Civil Veterinary Department. Madras. Admin. report 1910-25 - 1910-1925
Year: 1910
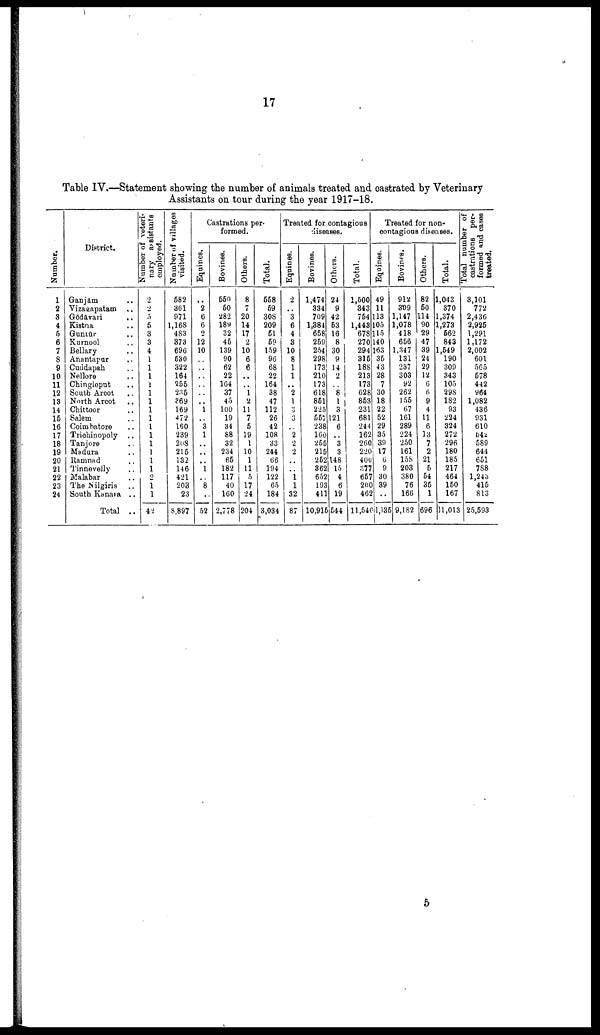
17
Table IV.—Statement showing the number of animals treated and castrated by Veterinary
Assistants on tour during the year 1917-18.
Numbe r
.
1
2
3
4
5
6
7
8
9
10
11
12
13
14
15
16
17
18
19
20
21
22
23
24
District.
Ganjam ..
Vizagapatam ..
Godavari ..
Kistna ..
Guntur ..
Kurnool ..
Bellary ..
Anantapur ..
Cuddapah ..
Nellore ..
Chingleput ..
South Arcot ..
North Arcot
Chittoor ..
Salem ..
Coimbatore ..
Trichinopoly ..
Tanjore ..
Madura
Ramnad ..
Tinnevelly ..
Malabar
The Nilgiris ..
South Kanara ..
Total ..
Number of veteri-
nary
assistants
employed.
2
2
5
6
3
3
4
1
1
1
1
1
1
1
1
1
1
1
1
1
1
2
1
1
42
Number of villages
visited.
582
361
971
1,168
4S3
373
696
630
322
164
255
236
369
169
472
160
239
208
215
132
146
421
203
23
8,897
Castrations per-
formed.
Equines.
..
2
6
6
2
12
10
..
..
..
..
..
..
1
..
3
1
..
..
..
1
..
8
..
52
Bovines.
560
50
282
189
32
45
139
90
62
22
164
37
45
100
19
34
88
32
234
65
182
117
40
160
2,778
Others.
8
7
20
14
17
2
10
6
6
..
..
1
2
11
7
5
19
1
10
1
11
5
17
24
204
Total.
558
59
308
209
51
59
159
96
68
22
164
38
47
112
26
42
108
33
244
66
194
122
65
184
3,034
Treated for contagious
diseases.
Equines.
2
..
3
6
4
3
10
8
1
1
..
2
1
3
3
..
2
2
2
..
..
1
1
32
87
Bovines.
1,474
334
709
1,384
658
259
254
298
173
210
173
618
851
225
557
238
160
255
215
252
362
652
193
411
10,915
Others.
24
9
42
53
16
8
30
9
14
2
..
8
1
3
121
6
..
3
3
148
15
4
6
19
544
Total.
1,500
343
764
1,443
678
270
294
315
188
213
173
628
853
231
681
244
162
260
220
400
877
657
200
462
11,546
Treated for non-
contagious diseases.
Equines.
49
11
113
105
115
140
163
35
43
28
7
30
18
22
52
29
35
39
17
6
9
30
39
..
1,135
Bovines.
912
309
1,147
1,078
418
656
1,347
131
237
303
92
262
155
67
161
289
224
250
161
158
203
380
76
166
9,182
Others.
82
50
114
90
29
47
39
24
29
12
6
6
9
4
11
6
13
7
2
21
5
54
35
1
696
Total.
1,043
370
1,374
1,273
562
843
1,549
190
309
343
105
298
182
93
224
324
272
296
180
185
217
464
150
167
11,013
Total number of
castrations
per-
formed and cases
treated.
3,101
772
2,436
2,925
1,291
1,172
2,002
601
565
578
442
964
1,082
436
931
610
542
589
644
651
788
1,243
415
813
25,593